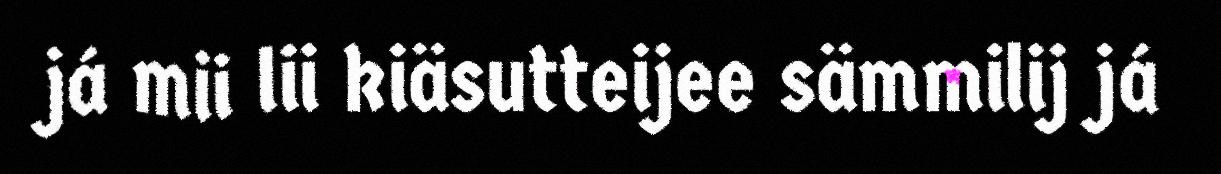
já mii lii kiäsutteijee sämmilij já